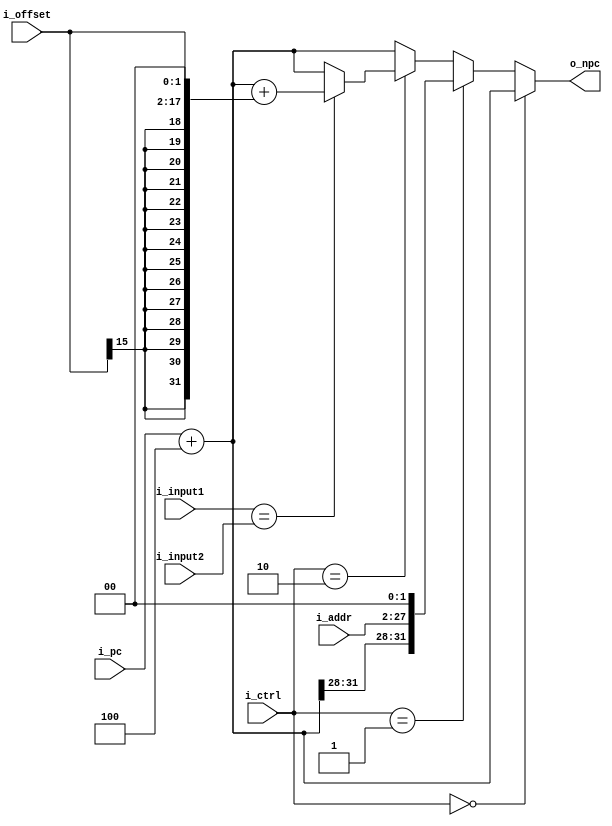
`timescale 1ns / 1ps
//////////////////////////////////////////////////////////////////////////////////
// Company: 
// Engineer: 
// 
// Design Name: 
// Module Name: branch_unit
// Project Name: 
// Target Devices: 
// Tool Versions: 
// Description: 
// 
// Dependencies: 
// 
// Revision:
// Revision 0.01 - File Created
// Additional Comments:
// 
//////////////////////////////////////////////////////////////////////////////////


module branch_unit (
    input  wire [31:0] i_pc,
    input  wire [25:0] i_addr,
    input  wire [15:0] i_offset,
    input  wire [ 1:0] i_ctrl,
    input  wire [31:0] i_input1,
    input  wire [31:0] i_input2,
    output wire [31:0] o_npc
);
  wire [31:0] npc = i_pc + 32'h4;

  assign o_npc =
      // JBEQ
      (i_ctrl == 2'b0) ? npc :
      // J, o_npc = npc4 + i_addr + 00
      (i_ctrl == 2'b01) ? {npc[31:28], i_addr, 2'b0} :
      // BEQ, o_npc = i_pc + 4 + i_offset<<232
      (i_ctrl == 2'b10) ? ((i_input1 == i_input2) ? npc + {{14{i_offset[15]}}, {i_offset, 2'b0}} : npc) 
      : npc;
endmodule